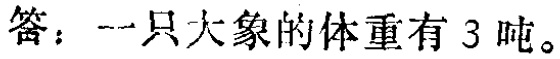
答：一只大象的体重有 3 吨。